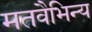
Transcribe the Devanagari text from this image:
मतवैभिन्य